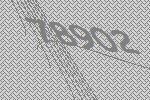
78902